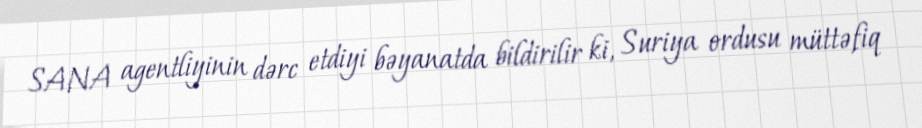
SANA agentliyinin dərc etdiyi bəyanatda bildirilir ki, Suriya ordusu müttəfiq